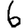
Digit: 6